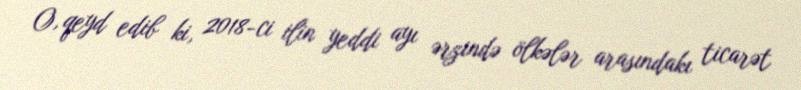
O, qeyd edib ki, 2018-ci ilin yeddi ayı ərzində ölkələr arasındakı ticarət